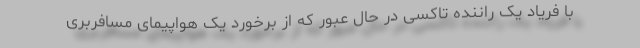
با فریاد یک راننده تاکسی در حال عبور که از برخورد یک هواپیمای مسافربری